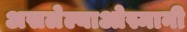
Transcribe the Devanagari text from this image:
असलेल्याओस्मानी